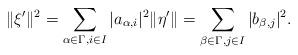
LaTeX: \begin{align*}\|\xi'\|^2=\sum_{\alpha\in \Gamma, i\in I} |a_{\alpha,i}|^2\|\eta'\|=\sum_{\beta\in \Gamma, j\in I} |b_{\beta,j}|^2.\end{align*}